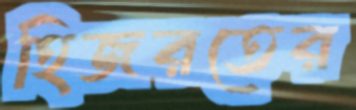
হিজরতের